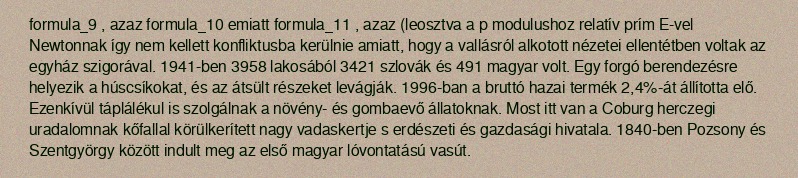
formula_9 , azaz formula_10 emiatt formula_11 , azaz (leosztva a p modulushoz relatív prím E-vel Newtonnak így nem kellett konfliktusba kerülnie amiatt, hogy a vallásról alkotott nézetei ellentétben voltak az egyház szigorával. 1941-ben 3958 lakosából 3421 szlovák és 491 magyar volt. Egy forgó berendezésre helyezik a húscsíkokat, és az átsült részeket levágják. 1996-ban a bruttó hazai termék 2,4%-át állította elő. Ezenkívül táplálékul is szolgálnak a növény- és gombaevő állatoknak. Most itt van a Coburg herczegi uradalomnak kőfallal körülkerített nagy vadaskertje s erdészeti és gazdasági hivatala. 1840-ben Pozsony és Szentgyörgy között indult meg az első magyar lóvontatású vasút.